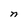
Character: n